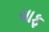
ચાફ